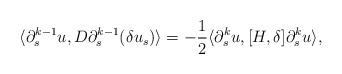
LaTeX: \begin{align*}\langle \partial_s^{k-1} u, D\partial_s^{k-1}(\delta u_s) \rangle =-\frac 12\langle \partial_s^k u, [H,\delta] \partial_s^k u\rangle,\end{align*}